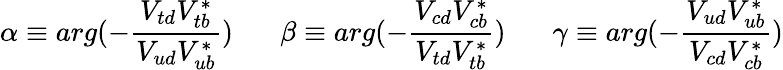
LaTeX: \alpha\equiv arg(-\frac{V_{td}V_{tb}^{*}}{V_{ud}V_{ub}^{*}})\; \; \; \; \; \; \beta\equiv arg(-\frac{V_{cd}V_{cb}^{*}}{V_{td}V_{tb}^{*}})\; \; \; \; \; \; \gamma\equiv arg(-\frac{V_{ud}V_{ub}^{*}}{V_{cd}V_{cb}^{*}})